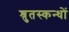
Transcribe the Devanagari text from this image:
श्रुतस्कन्धों